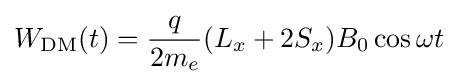
W_{\mathrm {DM} }(t)={\frac {q}{2m_{e}}}(L_{x}+2S_{x})B_{0}\cos \omega t